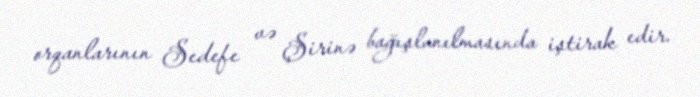
orqanlarının Sedefe və Şirinə bağışlanılmasında iştirak edir.